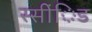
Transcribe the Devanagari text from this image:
स्सींिड